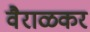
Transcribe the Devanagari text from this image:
वैराळकर